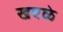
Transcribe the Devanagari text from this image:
खवळे